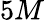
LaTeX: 5M